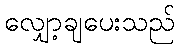
လျှော့ချပေးသည်